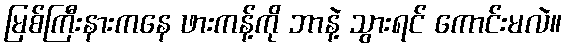
မြစ်ကြီးနားကနေ ဖားကန့်ကို ဘာနဲ့ သွားရင် ကောင်းမလဲ။